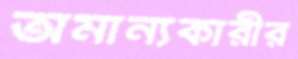
অমান্যকারীর